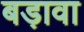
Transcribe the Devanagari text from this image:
बड़ावा